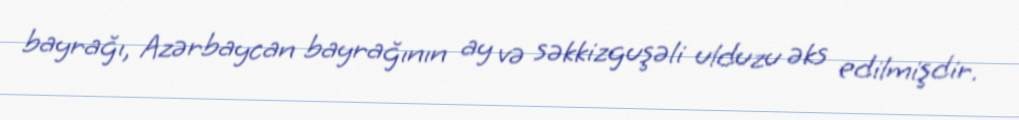
bayrağı, Azərbaycan bayrağının ay və səkkizguşəli ulduzu əks edilmişdir.